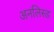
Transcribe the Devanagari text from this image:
अनलिस्ड